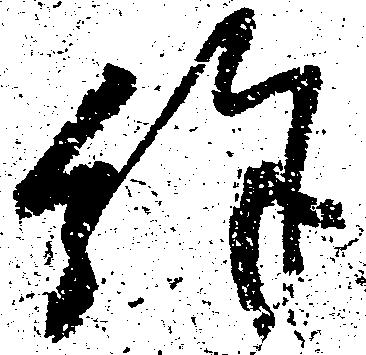
余